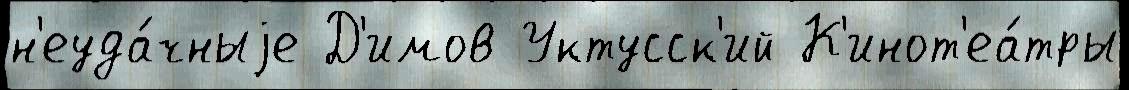
н'еуда́чныjе Д'имов Уктусск'ий К'инот'еа́тры